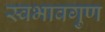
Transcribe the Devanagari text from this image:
स्वभावगुण